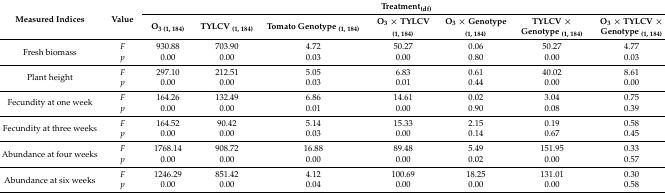
| <ROWSPAN=2> Measured Indices | <ROWSPAN=2> Value | <COLSPAN=7> Treatment(df) |
 | O3 (1, 184) | TYLCV (1, 184) | Tomato Genotype (1, 184) | O3 × TYLCV (1, 184) | O3 × Genotype (1, 184) | TYLCV × Genotype (1, 184) | O3 × TYLCV × Genotype (1, 184) |
 | --- | --- | --- | --- | --- | --- | --- | --- | --- |
 | <ROWSPAN=2> Fresh biomass | F | 930.88 | 703.90 | 4.72 | 50.27 | 0.06 | 50.27 | 4.77 |
 | p | 0.00 | 0.00 | 0.03 | 0.00 | 0.80 | 0.00 | 0.03 |
 | <ROWSPAN=2> Plant height | F | 297.10 | 212.51 | 5.05 | 6.83 | 0.61 | 40.02 | 8.61 |
 | p | 0.00 | 0.00 | 0.03 | 0.01 | 0.44 | 0.00 | 0.00 |
 | <ROWSPAN=2> Fecundity at one week | F | 164.26 | 132.49 | 6.86 | 14.61 | 0.02 | 3.04 | 0.75 |
 | p | 0.00 | 0.00 | 0.01 | 0.00 | 0.90 | 0.08 | 0.39 |
 | <ROWSPAN=2> Fecundity at three weeks | F | 164.52 | 90.42 | 5.14 | 15.33 | 2.15 | 0.19 | 0.58 |
 | p | 0.00 | 0.00 | 0.03 | 0.00 | 0.14 | 0.67 | 0.45 |
 | <ROWSPAN=2> Abundance at four weeks | F | 1768.14 | 908.72 | 16.88 | 89.48 | 5.49 | 151.95 | 0.33 |
 | p | 0.00 | 0.00 | 0.00 | 0.00 | 0.02 | 0.00 | 0.57 |
 | <ROWSPAN=2> Abundance at six weeks | F | 1246.29 | 851.42 | 4.12 | 100.69 | 18.25 | 131.01 | 0.30 |
 | p | 0.00 | 0.00 | 0.04 | 0.00 | 0.00 | 0.00 | 0.58 |